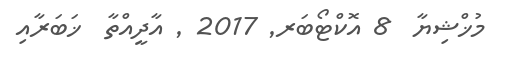
މުޚްޝިޔާ  8 އޮކްޓޯބަރ